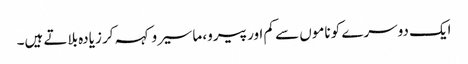
ایک دوسرے کو ناموں سے کم اور پیرو، ماسیرو کہہ کر زیادہ بلاتے ہیں۔